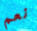
نعم